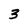
Character: 3